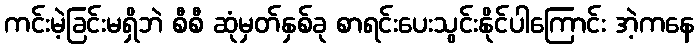
ကင်းမဲ့ခြင်းမရှိဘဲ စီစီ ဆုံမှတ်နှစ်ခု စာရင်းပေးသွင်းနိုင်ပါကြောင်း အဲ့ကနေ